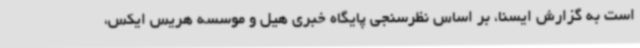
است به گزارش ایسنا، بر اساس نظرسنجی پایگاه خبری هیل و موسسه هریس ایکس،